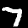
Label: 7